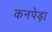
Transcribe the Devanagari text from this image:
कनपेड़ा